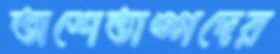
অশেতাঙ্গদের